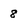
Character: 8